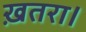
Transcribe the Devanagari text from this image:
ख़तरा।